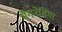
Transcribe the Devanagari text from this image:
मैगनेसिया